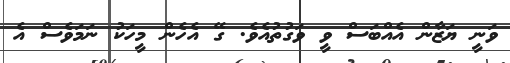
ވަނީ ޔަޒާން އެއްބަސް ވީ ވަގުތުއެވެ. ގޭ އެހެން މީހަކު ނަމަވެސް އެ